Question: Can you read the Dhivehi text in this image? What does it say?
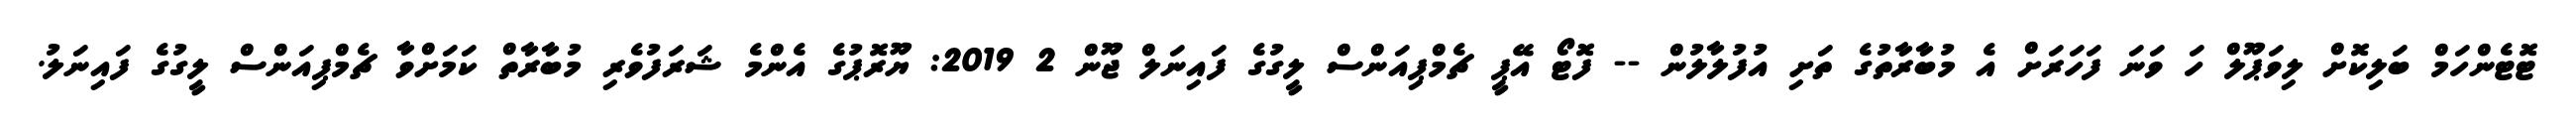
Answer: ޓޮޓެންހަމް ބަލިކޮށް ލިވަޕޫލް ހަ ވަނަ ފަހަރަށް އެ މުބާރާތުގެ ތަށި އުފުލާލުން -- ފޮޓޯ އޭޕީ ޗެމްޕިއަންސް ލީގުގެ ފައިނަލް ޖޫން 2 2019: ޔޫރޮޕުގެ އެންމެ ޝަރަފުވެރި މުބާރާތް ކަމަށްވާ ޗެމްޕިއަންސް ލީގުގެ ފައިނަލު.